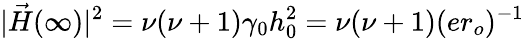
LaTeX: |\vec{H}(\infty)|^{2}=\nu(\nu+1)\gamma_{0}h_{0}^{2}=\nu(\nu+1)(er_{o})^{-1}